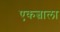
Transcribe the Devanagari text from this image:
एकत्वाला